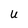
Character: U